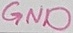
Text: GND